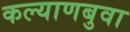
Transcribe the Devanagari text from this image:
कल्याणबुवा